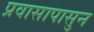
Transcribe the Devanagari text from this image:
प्रवासापासुन